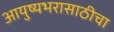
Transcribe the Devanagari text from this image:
आयुष्यभरासाठीचा